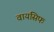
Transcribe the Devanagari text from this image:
वायसिफ